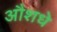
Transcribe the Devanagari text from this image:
औशधे